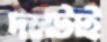
দলটাই